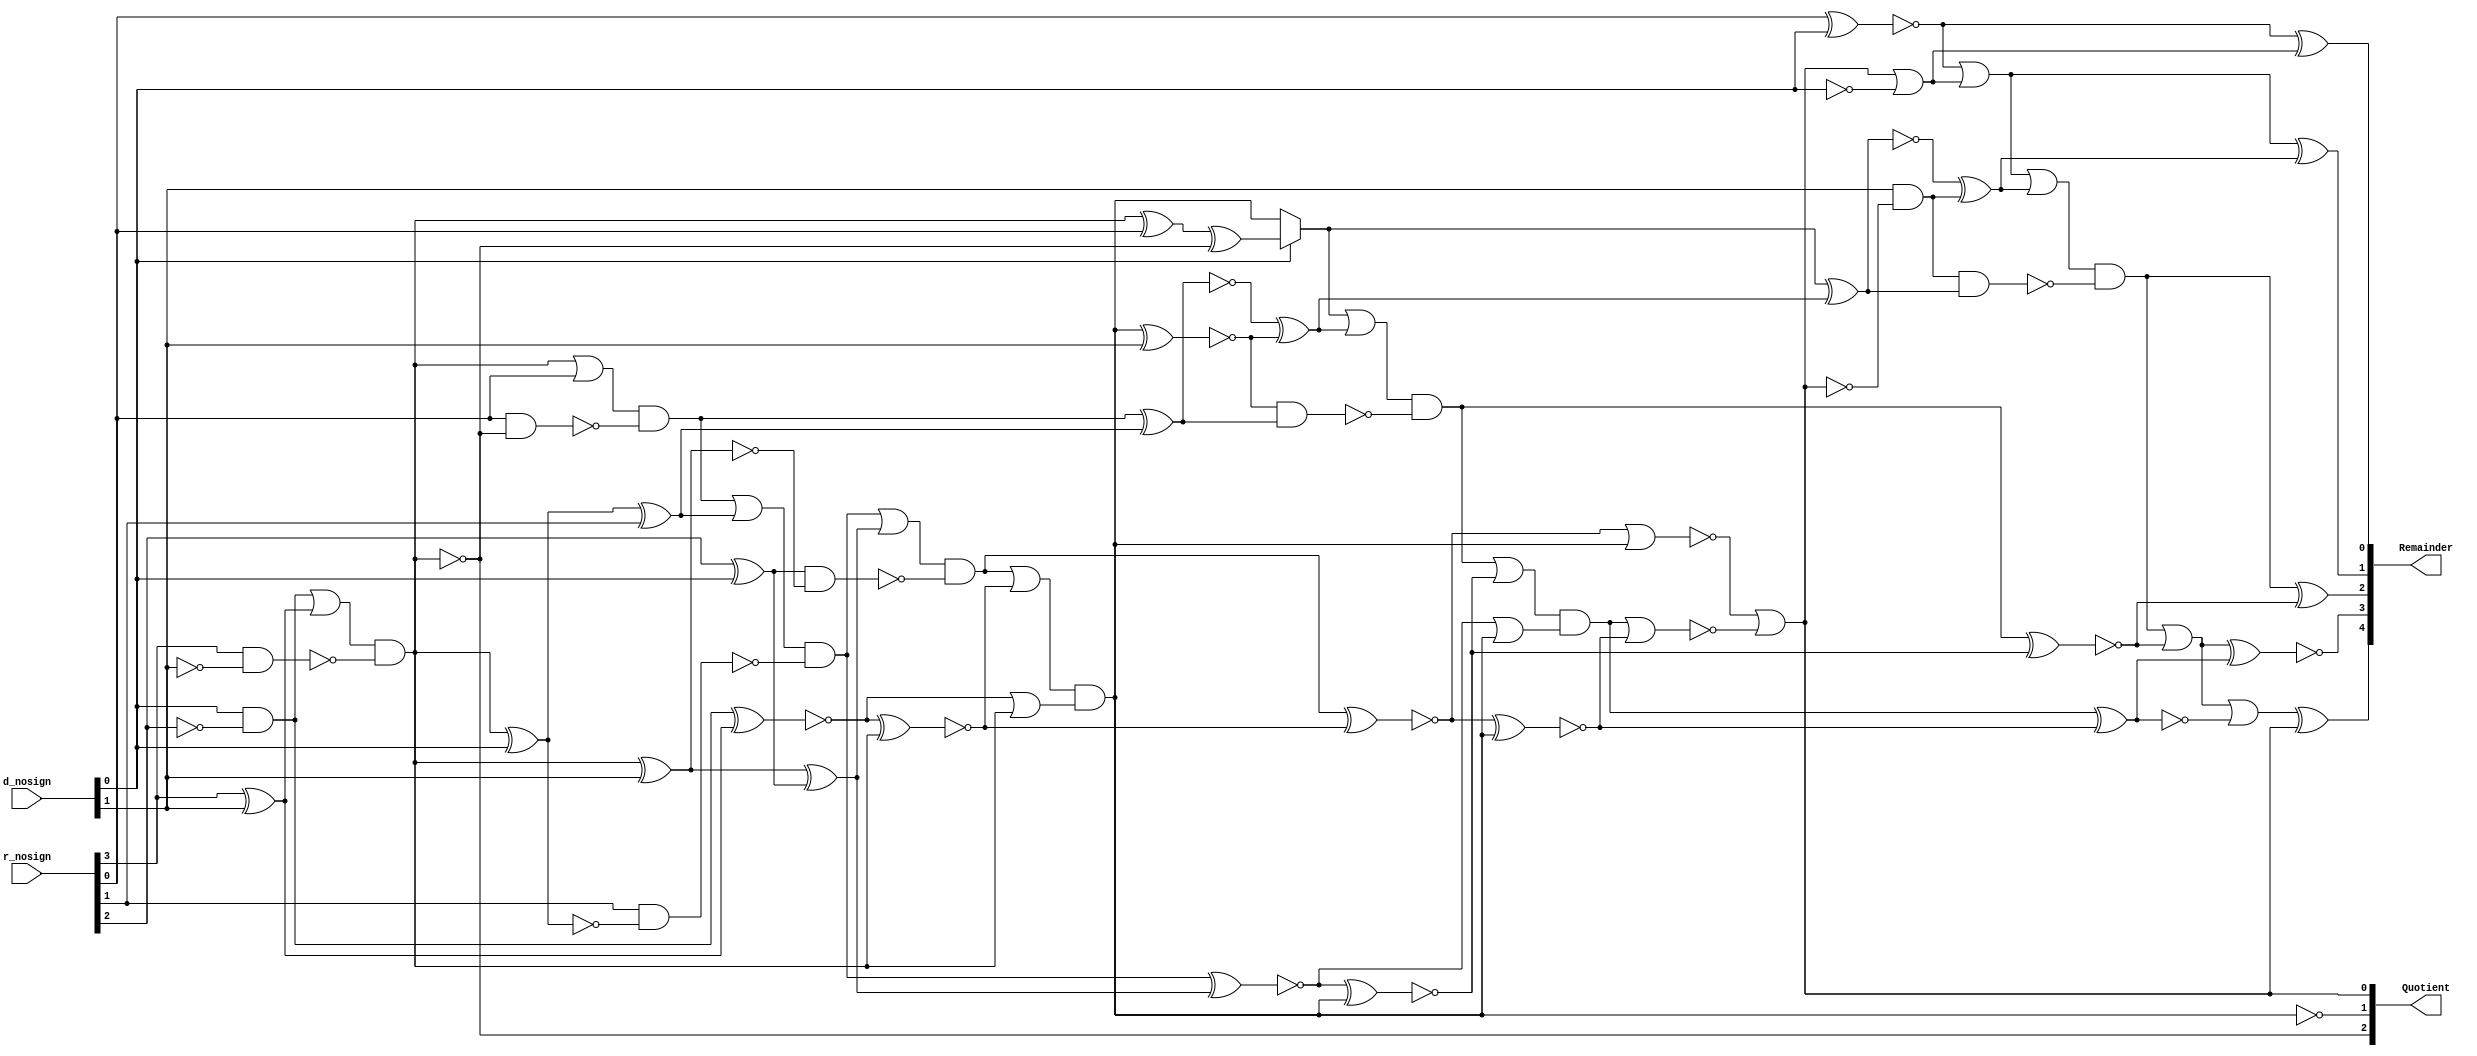
/* Generated by Yosys 0.22+60 (git sha1 c0ad6b3bc, clang  -fPIC -Os) */

(* dynports =  1  *)
(* top =  1  *)
(* src = "../examples-yosys/handcraft/Non_restoring_Divider.v:4.1-80.10" *)
module Non_restoring_Divider(d_nosign, r_nosign, Quotient, Remainder);
  wire _000_;
  wire _001_;
  wire _002_;
  wire _003_;
  wire _004_;
  wire _005_;
  wire _006_;
  wire _007_;
  wire _008_;
  wire _009_;
  wire _010_;
  wire _011_;
  wire _012_;
  wire _013_;
  wire _014_;
  wire _015_;
  wire _016_;
  wire _017_;
  wire _018_;
  wire _019_;
  wire _020_;
  wire _021_;
  wire _022_;
  wire _023_;
  wire _024_;
  wire _025_;
  wire _026_;
  wire _027_;
  wire _028_;
  wire _029_;
  wire _030_;
  wire _031_;
  wire _032_;
  wire _033_;
  wire _034_;
  wire _035_;
  wire _036_;
  wire _037_;
  wire _038_;
  wire _039_;
  wire _040_;
  wire _041_;
  wire _042_;
  wire _043_;
  wire _044_;
  wire _045_;
  wire _046_;
  wire _047_;
  wire _048_;
  wire _049_;
  wire _050_;
  wire _051_;
  wire _052_;
  wire _053_;
  wire _054_;
  wire _055_;
  (* src = "../examples-yosys/handcraft/Non_restoring_Divider.v:11.24-11.32" *)
  output [2:0] Quotient;
  wire [2:0] Quotient;
  (* src = "../examples-yosys/handcraft/Non_restoring_Divider.v:12.28-12.37" *)
  output [4:0] Remainder;
  wire [4:0] Remainder;
  (* src = "../examples-yosys/handcraft/Non_restoring_Divider.v:23.25-23.26" *)
  wire [4:0] d;
  (* src = "../examples-yosys/handcraft/Non_restoring_Divider.v:9.26-9.34" *)
  input [1:0] d_nosign;
  wire [1:0] d_nosign;
  (* hdlname = "genblk2[0].genblk2[0].full_adder_inst i_bit1" *)
  (* src = "../examples-yosys/handcraft/Non_restoring_Divider.v:66.24-73.18|../examples-yosys/handcraft/full_adder.v:4.9-4.15" *)
  wire \genblk2[0].genblk2[0].full_adder_inst.i_bit1 ;
  (* hdlname = "genblk2[0].genblk2[0].full_adder_inst i_bit2" *)
  (* src = "../examples-yosys/handcraft/Non_restoring_Divider.v:66.24-73.18|../examples-yosys/handcraft/full_adder.v:5.10-5.16" *)
  wire \genblk2[0].genblk2[0].full_adder_inst.i_bit2 ;
  (* hdlname = "genblk2[0].genblk2[0].full_adder_inst i_carry" *)
  (* src = "../examples-yosys/handcraft/Non_restoring_Divider.v:66.24-73.18|../examples-yosys/handcraft/full_adder.v:6.10-6.17" *)
  wire \genblk2[0].genblk2[0].full_adder_inst.i_carry ;
  (* hdlname = "genblk2[0].genblk2[0].full_adder_inst o_carry" *)
  (* src = "../examples-yosys/handcraft/Non_restoring_Divider.v:66.24-73.18|../examples-yosys/handcraft/full_adder.v:8.10-8.17" *)
  wire \genblk2[0].genblk2[0].full_adder_inst.o_carry ;
  (* hdlname = "genblk2[0].genblk2[0].full_adder_inst o_sum" *)
  (* src = "../examples-yosys/handcraft/Non_restoring_Divider.v:66.24-73.18|../examples-yosys/handcraft/full_adder.v:7.9-7.14" *)
  wire \genblk2[0].genblk2[0].full_adder_inst.o_sum ;
  (* hdlname = "genblk2[0].genblk2[1].full_adder_inst i_bit1" *)
  (* src = "../examples-yosys/handcraft/Non_restoring_Divider.v:66.24-73.18|../examples-yosys/handcraft/full_adder.v:4.9-4.15" *)
  wire \genblk2[0].genblk2[1].full_adder_inst.i_bit1 ;
  (* hdlname = "genblk2[0].genblk2[1].full_adder_inst i_bit2" *)
  (* src = "../examples-yosys/handcraft/Non_restoring_Divider.v:66.24-73.18|../examples-yosys/handcraft/full_adder.v:5.10-5.16" *)
  wire \genblk2[0].genblk2[1].full_adder_inst.i_bit2 ;
  (* hdlname = "genblk2[0].genblk2[1].full_adder_inst i_carry" *)
  (* src = "../examples-yosys/handcraft/Non_restoring_Divider.v:66.24-73.18|../examples-yosys/handcraft/full_adder.v:6.10-6.17" *)
  wire \genblk2[0].genblk2[1].full_adder_inst.i_carry ;
  (* hdlname = "genblk2[0].genblk2[1].full_adder_inst o_carry" *)
  (* src = "../examples-yosys/handcraft/Non_restoring_Divider.v:66.24-73.18|../examples-yosys/handcraft/full_adder.v:8.10-8.17" *)
  wire \genblk2[0].genblk2[1].full_adder_inst.o_carry ;
  (* hdlname = "genblk2[0].genblk2[1].full_adder_inst o_sum" *)
  (* src = "../examples-yosys/handcraft/Non_restoring_Divider.v:66.24-73.18|../examples-yosys/handcraft/full_adder.v:7.9-7.14" *)
  wire \genblk2[0].genblk2[1].full_adder_inst.o_sum ;
  (* hdlname = "genblk2[0].genblk2[2].full_adder_inst i_bit2" *)
  (* src = "../examples-yosys/handcraft/Non_restoring_Divider.v:66.24-73.18|../examples-yosys/handcraft/full_adder.v:5.10-5.16" *)
  wire \genblk2[0].genblk2[2].full_adder_inst.i_bit2 ;
  (* hdlname = "genblk2[0].genblk2[2].full_adder_inst i_carry" *)
  (* src = "../examples-yosys/handcraft/Non_restoring_Divider.v:66.24-73.18|../examples-yosys/handcraft/full_adder.v:6.10-6.17" *)
  wire \genblk2[0].genblk2[2].full_adder_inst.i_carry ;
  (* hdlname = "genblk2[0].genblk2[3].full_adder_inst i_bit2" *)
  (* src = "../examples-yosys/handcraft/Non_restoring_Divider.v:66.24-73.18|../examples-yosys/handcraft/full_adder.v:5.10-5.16" *)
  wire \genblk2[0].genblk2[3].full_adder_inst.i_bit2 ;
  (* hdlname = "genblk2[0].genblk2[3].full_adder_inst o_carry" *)
  (* src = "../examples-yosys/handcraft/Non_restoring_Divider.v:66.24-73.18|../examples-yosys/handcraft/full_adder.v:8.10-8.17" *)
  wire \genblk2[0].genblk2[3].full_adder_inst.o_carry ;
  (* hdlname = "genblk2[0].genblk2[4].full_adder_inst i_bit1" *)
  (* src = "../examples-yosys/handcraft/Non_restoring_Divider.v:66.24-73.18|../examples-yosys/handcraft/full_adder.v:4.9-4.15" *)
  wire \genblk2[0].genblk2[4].full_adder_inst.i_bit1 ;
  (* hdlname = "genblk2[0].genblk2[4].full_adder_inst i_bit2" *)
  (* src = "../examples-yosys/handcraft/Non_restoring_Divider.v:66.24-73.18|../examples-yosys/handcraft/full_adder.v:5.10-5.16" *)
  wire \genblk2[0].genblk2[4].full_adder_inst.i_bit2 ;
  (* hdlname = "genblk2[0].genblk2[4].full_adder_inst i_carry" *)
  (* src = "../examples-yosys/handcraft/Non_restoring_Divider.v:66.24-73.18|../examples-yosys/handcraft/full_adder.v:6.10-6.17" *)
  wire \genblk2[0].genblk2[4].full_adder_inst.i_carry ;
  (* hdlname = "genblk2[0].genblk2[4].full_adder_inst o_carry" *)
  (* src = "../examples-yosys/handcraft/Non_restoring_Divider.v:66.24-73.18|../examples-yosys/handcraft/full_adder.v:8.10-8.17" *)
  wire \genblk2[0].genblk2[4].full_adder_inst.o_carry ;
  (* hdlname = "genblk2[1].genblk2[0].full_adder_inst i_bit1" *)
  (* src = "../examples-yosys/handcraft/Non_restoring_Divider.v:66.24-73.18|../examples-yosys/handcraft/full_adder.v:4.9-4.15" *)
  wire \genblk2[1].genblk2[0].full_adder_inst.i_bit1 ;
  (* hdlname = "genblk2[1].genblk2[0].full_adder_inst i_bit2" *)
  (* src = "../examples-yosys/handcraft/Non_restoring_Divider.v:66.24-73.18|../examples-yosys/handcraft/full_adder.v:5.10-5.16" *)
  wire \genblk2[1].genblk2[0].full_adder_inst.i_bit2 ;
  (* hdlname = "genblk2[1].genblk2[0].full_adder_inst i_carry" *)
  (* src = "../examples-yosys/handcraft/Non_restoring_Divider.v:66.24-73.18|../examples-yosys/handcraft/full_adder.v:6.10-6.17" *)
  wire \genblk2[1].genblk2[0].full_adder_inst.i_carry ;
  (* hdlname = "genblk2[1].genblk2[1].full_adder_inst i_bit2" *)
  (* src = "../examples-yosys/handcraft/Non_restoring_Divider.v:66.24-73.18|../examples-yosys/handcraft/full_adder.v:5.10-5.16" *)
  wire \genblk2[1].genblk2[1].full_adder_inst.i_bit2 ;
  (* hdlname = "genblk2[1].genblk2[3].full_adder_inst i_bit1" *)
  (* src = "../examples-yosys/handcraft/Non_restoring_Divider.v:66.24-73.18|../examples-yosys/handcraft/full_adder.v:4.9-4.15" *)
  wire \genblk2[1].genblk2[3].full_adder_inst.i_bit1 ;
  (* hdlname = "genblk2[1].genblk2[3].full_adder_inst o_carry" *)
  (* src = "../examples-yosys/handcraft/Non_restoring_Divider.v:66.24-73.18|../examples-yosys/handcraft/full_adder.v:8.10-8.17" *)
  wire \genblk2[1].genblk2[3].full_adder_inst.o_carry ;
  (* hdlname = "genblk2[1].genblk2[4].full_adder_inst i_bit1" *)
  (* src = "../examples-yosys/handcraft/Non_restoring_Divider.v:66.24-73.18|../examples-yosys/handcraft/full_adder.v:4.9-4.15" *)
  wire \genblk2[1].genblk2[4].full_adder_inst.i_bit1 ;
  (* hdlname = "genblk2[1].genblk2[4].full_adder_inst i_carry" *)
  (* src = "../examples-yosys/handcraft/Non_restoring_Divider.v:66.24-73.18|../examples-yosys/handcraft/full_adder.v:6.10-6.17" *)
  wire \genblk2[1].genblk2[4].full_adder_inst.i_carry ;
  (* hdlname = "genblk2[2].genblk2[3].full_adder_inst o_carry" *)
  (* src = "../examples-yosys/handcraft/Non_restoring_Divider.v:66.24-73.18|../examples-yosys/handcraft/full_adder.v:8.10-8.17" *)
  wire \genblk2[2].genblk2[3].full_adder_inst.o_carry ;
  (* hdlname = "genblk2[2].genblk2[4].full_adder_inst i_carry" *)
  (* src = "../examples-yosys/handcraft/Non_restoring_Divider.v:66.24-73.18|../examples-yosys/handcraft/full_adder.v:6.10-6.17" *)
  wire \genblk2[2].genblk2[4].full_adder_inst.i_carry ;
  (* hdlname = "genblk2[3].genblk2[0].full_adder_inst i_carry" *)
  (* src = "../examples-yosys/handcraft/Non_restoring_Divider.v:66.24-73.18|../examples-yosys/handcraft/full_adder.v:6.10-6.17" *)
  wire \genblk2[3].genblk2[0].full_adder_inst.i_carry ;
  (* hdlname = "genblk2[3].genblk2[0].full_adder_inst o_sum" *)
  (* src = "../examples-yosys/handcraft/Non_restoring_Divider.v:66.24-73.18|../examples-yosys/handcraft/full_adder.v:7.9-7.14" *)
  wire \genblk2[3].genblk2[0].full_adder_inst.o_sum ;
  (* hdlname = "genblk2[3].genblk2[1].full_adder_inst o_sum" *)
  (* src = "../examples-yosys/handcraft/Non_restoring_Divider.v:66.24-73.18|../examples-yosys/handcraft/full_adder.v:7.9-7.14" *)
  wire \genblk2[3].genblk2[1].full_adder_inst.o_sum ;
  (* hdlname = "genblk2[3].genblk2[2].full_adder_inst i_bit1" *)
  (* src = "../examples-yosys/handcraft/Non_restoring_Divider.v:66.24-73.18|../examples-yosys/handcraft/full_adder.v:4.9-4.15" *)
  wire \genblk2[3].genblk2[2].full_adder_inst.i_bit1 ;
  (* hdlname = "genblk2[3].genblk2[2].full_adder_inst o_sum" *)
  (* src = "../examples-yosys/handcraft/Non_restoring_Divider.v:66.24-73.18|../examples-yosys/handcraft/full_adder.v:7.9-7.14" *)
  wire \genblk2[3].genblk2[2].full_adder_inst.o_sum ;
  (* hdlname = "genblk2[3].genblk2[3].full_adder_inst i_bit1" *)
  (* src = "../examples-yosys/handcraft/Non_restoring_Divider.v:66.24-73.18|../examples-yosys/handcraft/full_adder.v:4.9-4.15" *)
  wire \genblk2[3].genblk2[3].full_adder_inst.i_bit1 ;
  (* hdlname = "genblk2[3].genblk2[3].full_adder_inst o_sum" *)
  (* src = "../examples-yosys/handcraft/Non_restoring_Divider.v:66.24-73.18|../examples-yosys/handcraft/full_adder.v:7.9-7.14" *)
  wire \genblk2[3].genblk2[3].full_adder_inst.o_sum ;
  (* hdlname = "genblk2[3].genblk2[4].full_adder_inst i_bit1" *)
  (* src = "../examples-yosys/handcraft/Non_restoring_Divider.v:66.24-73.18|../examples-yosys/handcraft/full_adder.v:4.9-4.15" *)
  wire \genblk2[3].genblk2[4].full_adder_inst.i_bit1 ;
  (* hdlname = "genblk2[3].genblk2[4].full_adder_inst o_sum" *)
  (* src = "../examples-yosys/handcraft/Non_restoring_Divider.v:66.24-73.18|../examples-yosys/handcraft/full_adder.v:7.9-7.14" *)
  wire \genblk2[3].genblk2[4].full_adder_inst.o_sum ;
  (* unused_bits = "2 3" *)
  wire [3:0] \i_add_term1[0] ;
  (* src = "../examples-yosys/handcraft/Non_restoring_Divider.v:16.25-16.36" *)
  (* unused_bits = "1 2" *)
  wire [4:0] \i_add_term1[1] ;
  (* src = "../examples-yosys/handcraft/Non_restoring_Divider.v:17.25-17.36" *)
  wire [4:0] \i_add_term2[0] ;
  (* src = "../examples-yosys/handcraft/Non_restoring_Divider.v:17.25-17.36" *)
  (* unused_bits = "2 3 4" *)
  wire [4:0] \i_add_term2[1] ;
  (* src = "../examples-yosys/handcraft/Non_restoring_Divider.v:22.25-22.26" *)
  wire [4:0] r;
  (* src = "../examples-yosys/handcraft/Non_restoring_Divider.v:10.30-10.38" *)
  input [3:0] r_nosign;
  wire [3:0] r_nosign;
  (* src = "../examples-yosys/handcraft/Non_restoring_Divider.v:19.29-19.36" *)
  (* unused_bits = "3" *)
  wire [5:0] \w_CARRY[0] ;
  (* src = "../examples-yosys/handcraft/Non_restoring_Divider.v:19.29-19.36" *)
  (* unused_bits = "1 2 3 5" *)
  wire [5:0] \w_CARRY[1] ;
  (* unused_bits = "0 1 2 3" *)
  wire [4:0] \w_CARRY[2] ;
  (* unused_bits = "1 2 3 4" *)
  wire [4:0] \w_CARRY[3] ;
  (* src = "../examples-yosys/handcraft/Non_restoring_Divider.v:20.25-20.30" *)
  (* unused_bits = "2 3 4" *)
  wire [4:0] \w_SUM[0] ;
  (* src = "../examples-yosys/handcraft/Non_restoring_Divider.v:20.25-20.30" *)
  wire [4:0] \w_SUM[3] ;
  assign _000_ = r_nosign[3] ^ d_nosign[1];
  assign _001_ = d_nosign[0] & ~(r_nosign[2]);
  assign _002_ = _001_ | _000_;
  assign _003_ = r_nosign[3] & ~(d_nosign[1]);
  assign _004_ = _002_ & ~(_003_);
  assign _005_ = ~(_001_ ^ _000_);
  assign _006_ = ~(_005_ ^ _004_);
  assign _007_ = r_nosign[2] ^ d_nosign[0];
  assign _008_ = _004_ ^ d_nosign[1];
  assign _009_ = _008_ ^ _007_;
  assign _010_ = _004_ ^ d_nosign[0];
  assign _011_ = _010_ ^ r_nosign[1];
  assign _012_ = _004_ | r_nosign[0];
  assign _013_ = r_nosign[0] & ~(_004_);
  assign _014_ = _012_ & ~(_013_);
  assign _015_ = _014_ | _011_;
  assign _016_ = r_nosign[1] & ~(_010_);
  assign _017_ = _015_ & ~(_016_);
  assign _018_ = _017_ | _009_;
  assign _019_ = _007_ & ~(_008_);
  assign _020_ = _018_ & ~(_019_);
  assign _021_ = _020_ | _006_;
  assign _022_ = ~(_005_ | _004_);
  assign _023_ = _021_ & ~(_022_);
  assign _024_ = ~(_020_ ^ _006_);
  assign _025_ = ~(_024_ ^ _023_);
  assign _026_ = ~(_017_ ^ _009_);
  assign _027_ = ~(_026_ ^ _023_);
  assign _028_ = ~(_023_ ^ d_nosign[1]);
  assign _029_ = ~(_014_ ^ _011_);
  assign _030_ = _029_ ^ _028_;
  assign _031_ = ~d_nosign[0];
  assign \genblk2[0].genblk2[3].full_adder_inst.o_carry  = ~_004_;
  assign _032_ = _004_ ^ r_nosign[0];
  assign _033_ = _032_ ^ \genblk2[0].genblk2[3].full_adder_inst.o_carry ;
  assign _034_ = d_nosign[0] ? _033_ : _023_;
  assign _035_ = _034_ | _030_;
  assign _036_ = _028_ & ~(_029_);
  assign _037_ = _035_ & ~(_036_);
  assign _038_ = _037_ | _027_;
  assign _039_ = ~(_026_ | _023_);
  assign _040_ = _038_ & ~(_039_);
  assign _041_ = ~(_040_ | _025_);
  assign _042_ = ~(_024_ | _023_);
  assign \genblk2[2].genblk2[3].full_adder_inst.o_carry  = _042_ | _041_;
  assign \genblk2[1].genblk2[3].full_adder_inst.o_carry  = ~_023_;
  assign _043_ = \genblk2[2].genblk2[3].full_adder_inst.o_carry  | _031_;
  assign _044_ = ~(r_nosign[0] ^ d_nosign[0]);
  assign \genblk2[3].genblk2[0].full_adder_inst.o_sum  = _044_ ^ _043_;
  assign _045_ = d_nosign[1] & ~(\genblk2[2].genblk2[3].full_adder_inst.o_carry );
  assign _046_ = ~(_034_ ^ _030_);
  assign _047_ = _046_ ^ _045_;
  assign _048_ = _044_ | _043_;
  assign \genblk2[3].genblk2[1].full_adder_inst.o_sum  = _048_ ^ _047_;
  assign _049_ = ~(_037_ ^ _027_);
  assign _050_ = _048_ | _047_;
  assign _051_ = _045_ & ~(_046_);
  assign _052_ = _050_ & ~(_051_);
  assign \genblk2[3].genblk2[2].full_adder_inst.o_sum  = _052_ ^ _049_;
  assign _053_ = _040_ ^ _025_;
  assign _054_ = _052_ | _049_;
  assign \genblk2[3].genblk2[3].full_adder_inst.o_sum  = ~(_054_ ^ _053_);
  assign _055_ = _054_ | ~(_053_);
  assign \genblk2[3].genblk2[4].full_adder_inst.o_sum  = _055_ ^ \genblk2[2].genblk2[3].full_adder_inst.o_carry ;
  assign \genblk2[0].genblk2[1].full_adder_inst.i_carry  = 1'h1;
  assign \genblk2[0].genblk2[1].full_adder_inst.o_carry  = 1'h1;
  assign \genblk2[0].genblk2[1].full_adder_inst.o_sum  = r_nosign[1];
  assign \genblk2[0].genblk2[2].full_adder_inst.i_bit2  = r_nosign[2];
  assign \genblk2[0].genblk2[2].full_adder_inst.i_carry  = 1'h1;
  assign \genblk2[0].genblk2[3].full_adder_inst.i_bit2  = r_nosign[3];
  assign \genblk2[0].genblk2[1].full_adder_inst.i_bit2  = r_nosign[1];
  assign \genblk2[0].genblk2[4].full_adder_inst.i_bit1  = 1'h1;
  assign \genblk2[0].genblk2[4].full_adder_inst.i_bit2  = 1'h0;
  assign \genblk2[0].genblk2[4].full_adder_inst.i_carry  = \genblk2[0].genblk2[3].full_adder_inst.o_carry ;
  assign \genblk2[0].genblk2[4].full_adder_inst.o_carry  = \genblk2[0].genblk2[3].full_adder_inst.o_carry ;
  assign \genblk2[1].genblk2[0].full_adder_inst.i_bit1  = \genblk2[0].genblk2[3].full_adder_inst.o_carry ;
  assign \genblk2[1].genblk2[0].full_adder_inst.i_bit2  = r_nosign[0];
  assign \genblk2[1].genblk2[0].full_adder_inst.i_carry  = \genblk2[0].genblk2[3].full_adder_inst.o_carry ;
  assign \genblk2[1].genblk2[1].full_adder_inst.i_bit2  = r_nosign[1];
  assign \genblk2[0].genblk2[1].full_adder_inst.i_bit1  = 1'h1;
  assign \genblk2[0].genblk2[0].full_adder_inst.o_sum  = r_nosign[0];
  assign \genblk2[0].genblk2[0].full_adder_inst.o_carry  = 1'h1;
  assign \genblk2[1].genblk2[3].full_adder_inst.i_bit1  = \genblk2[0].genblk2[3].full_adder_inst.o_carry ;
  assign \genblk2[0].genblk2[0].full_adder_inst.i_carry  = 1'h1;
  assign \genblk2[0].genblk2[0].full_adder_inst.i_bit2  = r_nosign[0];
  assign \genblk2[1].genblk2[4].full_adder_inst.i_bit1  = \genblk2[0].genblk2[3].full_adder_inst.o_carry ;
  assign \genblk2[0].genblk2[0].full_adder_inst.i_bit1  = 1'h1;
  assign \genblk2[1].genblk2[4].full_adder_inst.i_carry  = \genblk2[1].genblk2[3].full_adder_inst.o_carry ;
  assign d = { 3'h0, d_nosign };
  assign Remainder = { \genblk2[3].genblk2[4].full_adder_inst.o_sum , \genblk2[3].genblk2[3].full_adder_inst.o_sum , \genblk2[3].genblk2[2].full_adder_inst.o_sum , \genblk2[3].genblk2[1].full_adder_inst.o_sum , \genblk2[3].genblk2[0].full_adder_inst.o_sum  };
  assign Quotient = { \genblk2[0].genblk2[3].full_adder_inst.o_carry , \genblk2[1].genblk2[3].full_adder_inst.o_carry , \genblk2[2].genblk2[3].full_adder_inst.o_carry  };
  assign \genblk2[2].genblk2[4].full_adder_inst.i_carry  = \genblk2[2].genblk2[3].full_adder_inst.o_carry ;
  assign \genblk2[3].genblk2[0].full_adder_inst.i_carry  = 1'h0;
  assign \genblk2[3].genblk2[2].full_adder_inst.i_bit1  = 1'h0;
  assign \genblk2[3].genblk2[3].full_adder_inst.i_bit1  = 1'h0;
  assign \genblk2[3].genblk2[4].full_adder_inst.i_bit1  = 1'h0;
  assign \i_add_term1[0] [1:0] = 2'h3;
  assign { \i_add_term1[1] [4:3], \i_add_term1[1] [0] } = { \genblk2[0].genblk2[3].full_adder_inst.o_carry , \genblk2[0].genblk2[3].full_adder_inst.o_carry , \genblk2[0].genblk2[3].full_adder_inst.o_carry  };
  assign \i_add_term2[0]  = { 1'h0, r_nosign };
  assign \i_add_term2[1] [1:0] = r_nosign[1:0];
  assign r = { 1'h0, r_nosign };
  assign { \w_CARRY[0] [5:4], \w_CARRY[0] [2:0] } = { \genblk2[0].genblk2[3].full_adder_inst.o_carry , \genblk2[0].genblk2[3].full_adder_inst.o_carry , 3'h7 };
  assign { \w_CARRY[1] [4], \w_CARRY[1] [0] } = { \genblk2[1].genblk2[3].full_adder_inst.o_carry , \genblk2[0].genblk2[3].full_adder_inst.o_carry  };
  assign \w_CARRY[2] [4] = \genblk2[2].genblk2[3].full_adder_inst.o_carry ;
  assign \w_CARRY[3] [0] = 1'h0;
  assign \w_SUM[0] [1:0] = r_nosign[1:0];
  assign \w_SUM[3]  = { \genblk2[3].genblk2[4].full_adder_inst.o_sum , \genblk2[3].genblk2[3].full_adder_inst.o_sum , \genblk2[3].genblk2[2].full_adder_inst.o_sum , \genblk2[3].genblk2[1].full_adder_inst.o_sum , \genblk2[3].genblk2[0].full_adder_inst.o_sum  };
endmodule